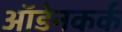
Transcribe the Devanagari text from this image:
ऑडेनकर्क